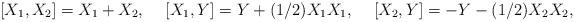
LaTeX: \begin{align*}[ X_1, X_2 ] = X_1 + X_2, \rule{0.5cm}{0cm} [ X_1, Y ] = Y + (1/2) X_1 X_1, \rule{0.5cm}{0cm} [ X_2, Y ] = -Y - (1/2) X_2 X_2,\end{align*}